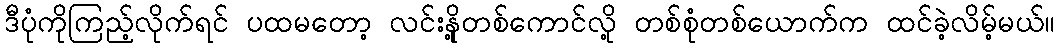
ဒီပုံကိုကြည့်လိုက်ရင် ပထမတော့ လင်းနို့တစ်ကောင်လို့ တစ်စုံတစ်ယောက်က ထင်ခဲ့လိမ့်မယ်။